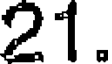
21.